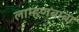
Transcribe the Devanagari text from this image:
लाम्हणबाबा